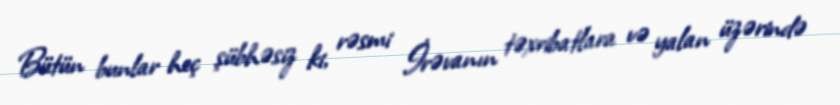
Bütün bunlar heç şübhəsiz ki, rəsmi İrəvanın təxribatlara və yalan üzərində